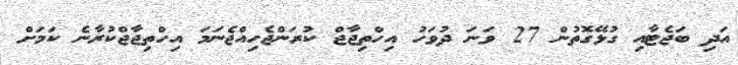
އަދި ބަޖެޓާއި ގުޅޭގޮތުން 27 ވަނަ ދުވަހު އިހްތިޖާޖް ކުރަންޖެހިއްޖެނަމަ އިހްތިޖާޖްކުރާނެ ކަމަށް